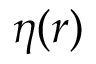
\eta ( \boldsymbol r )